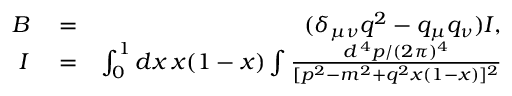
\begin{array} { r l r } { B } & { { } = } & { ( \delta _ { \mu \nu } q ^ { 2 } - q _ { \mu } q _ { \nu } ) I , } \\ { I } & { { } = } & { \int _ { 0 } ^ { 1 } d x \, x ( 1 - x ) \int { \frac { d ^ { \, 4 } p / ( 2 \pi ) ^ { 4 } } { [ p ^ { 2 } - m ^ { 2 } + q ^ { 2 } x ( 1 - x ) ] ^ { 2 } } } } \end{array}